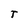
Character: T